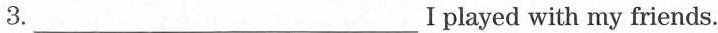
3. ___ Ⅰplayed with my friends.